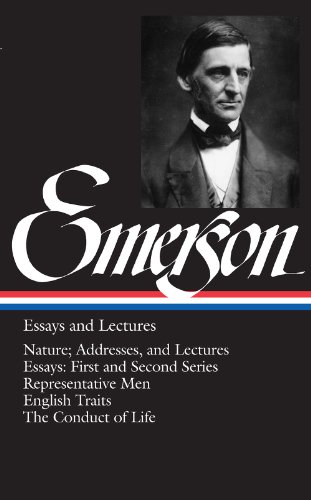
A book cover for Emerson: Essays and Lectures: Nature: Addresses and Lectures / Essays: First and Second Series / Representative Men / English Traits / The Conduct of Life (Library of America); Ralph Waldo Emerson; Literature & Fiction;